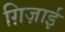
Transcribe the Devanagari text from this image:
ग़िज़ाई